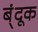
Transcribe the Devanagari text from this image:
ब्ंदूक